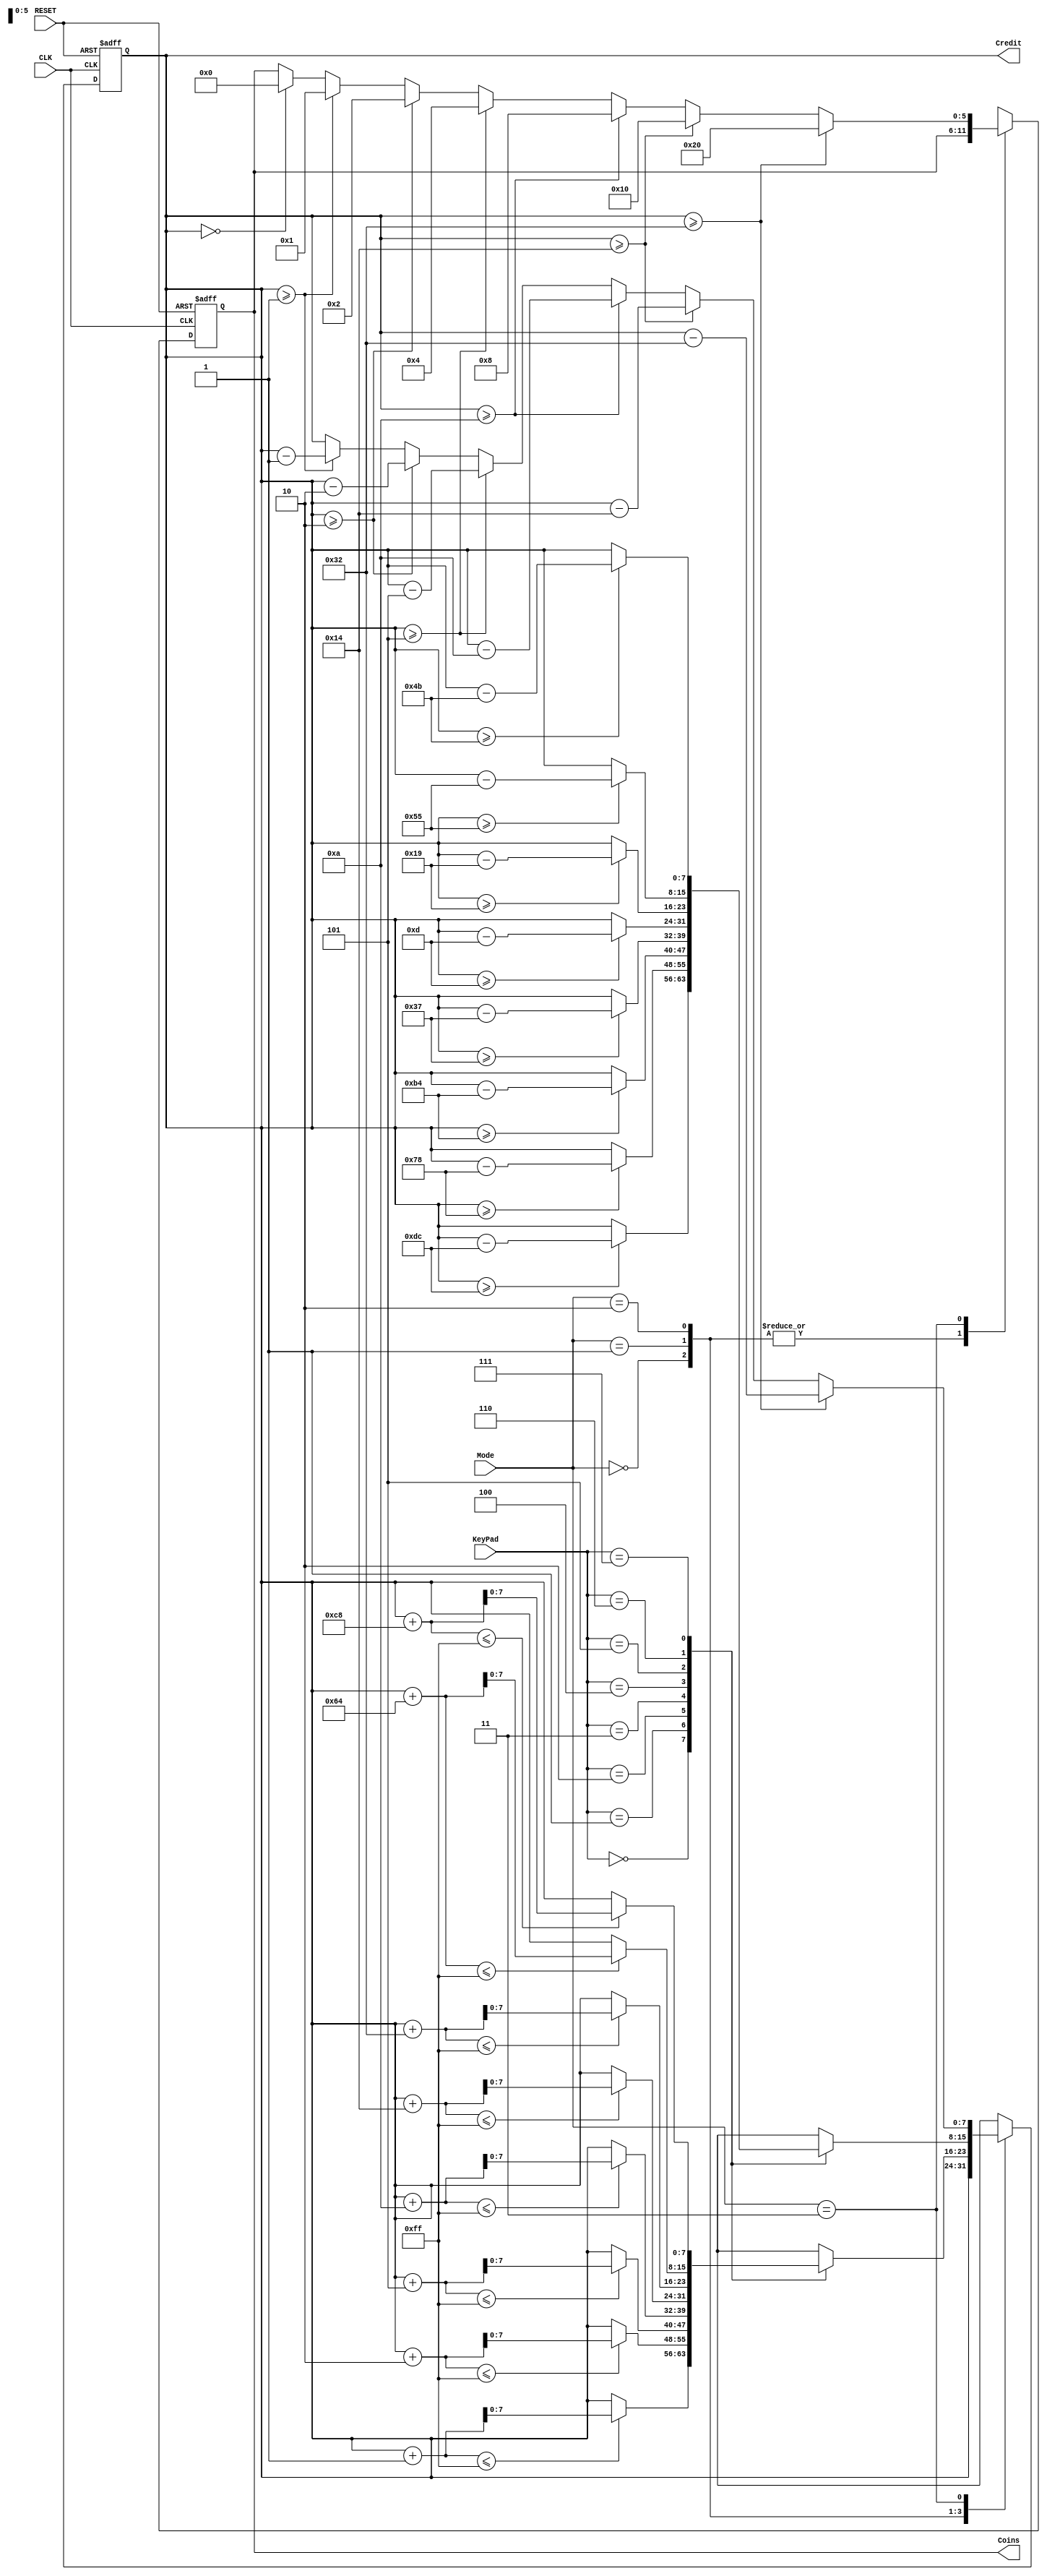
module BasicVendingMachine(
		input [2:0] KeyPad,
		input [1:0] Mode,
		input CLK,
		input RESET,
		output reg [7:0] Credit,
		output reg [5:0] Coins);

	initial begin
		Credit = 8'd0;
		Coins = 6'b000000;
	end

	always @(posedge CLK or posedge RESET)
	begin
	
	if (RESET)
			begin
				Credit = 8'd0;
				Coins = 6'b000000;	
			end
	else
	begin
	
		case (Mode)
		2'b00: ;
		2'b01: 
		begin
			case (KeyPad)
			3'b000: if ((Credit + 1) <= 255)
						Credit = Credit+1;
			3'b001: if((Credit + 2) <= 255)
						Credit = Credit+2;
			3'b010: if((Credit+5) <= 255)
					Credit = Credit+5;
			3'b011: if((Credit + 10) <= 255)
					Credit = Credit+10;
			3'b100: if((Credit + 20) <= 255)
					Credit = Credit+20;
			3'b101: if((Credit + 50) <= 255)
					Credit = Credit+50;
			3'b110: if((Credit + 100) <= 255)
					Credit = Credit+100;
			3'b111: if((Credit + 200) <= 255)
					Credit = Credit+200;
			endcase
		end
		
		2'b10: 
		begin
			case (KeyPad)
			3'b000: if (Credit >= 220)
						Credit = Credit-220;
			3'b001: if(Credit  >= 120)
						Credit = Credit-120;
			3'b010: if(Credit  >= 180)
					Credit = Credit-180;
			3'b011: if(Credit  >= 55)
					Credit = Credit-55;
			3'b100: if(Credit  >= 13)
					Credit = Credit-13;
			3'b101: if(Credit  >= 25)
					Credit = Credit-25;
			3'b110: if(Credit  >= 85)
					Credit = Credit-85;
			3'b111: if(Credit  >= 75)
					Credit = Credit-75;
			endcase
		end
		
		2'b11:
		begin
			if ( Credit >= 50)
			begin
				Credit = Credit - 50;
				Coins = 6'b100000;
			end
			
			else if ( Credit >= 20)
			begin
				Credit = Credit - 20;
				Coins = 6'b010000;
			end
			
			else if ( Credit >= 10)
			begin
				Credit = Credit - 10;
				Coins = 6'b001000;
			end
			
			else if ( Credit >= 5)
			begin
				Credit = Credit - 5;
				Coins = 6'b000100;
			end
			
			else if ( Credit >= 2)
			begin
				Credit = Credit - 2;
				Coins = 6'b000010;
			end
			
			else if ( Credit >= 1)
			begin
				Credit = Credit - 1;
				Coins = 6'b000001;
			end
		
			else if ( Credit == 0)
				Coins = 6'b000000;
		
		end
		
		endcase
	end
	
	end
	
endmodule